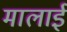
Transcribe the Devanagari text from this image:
मालाई